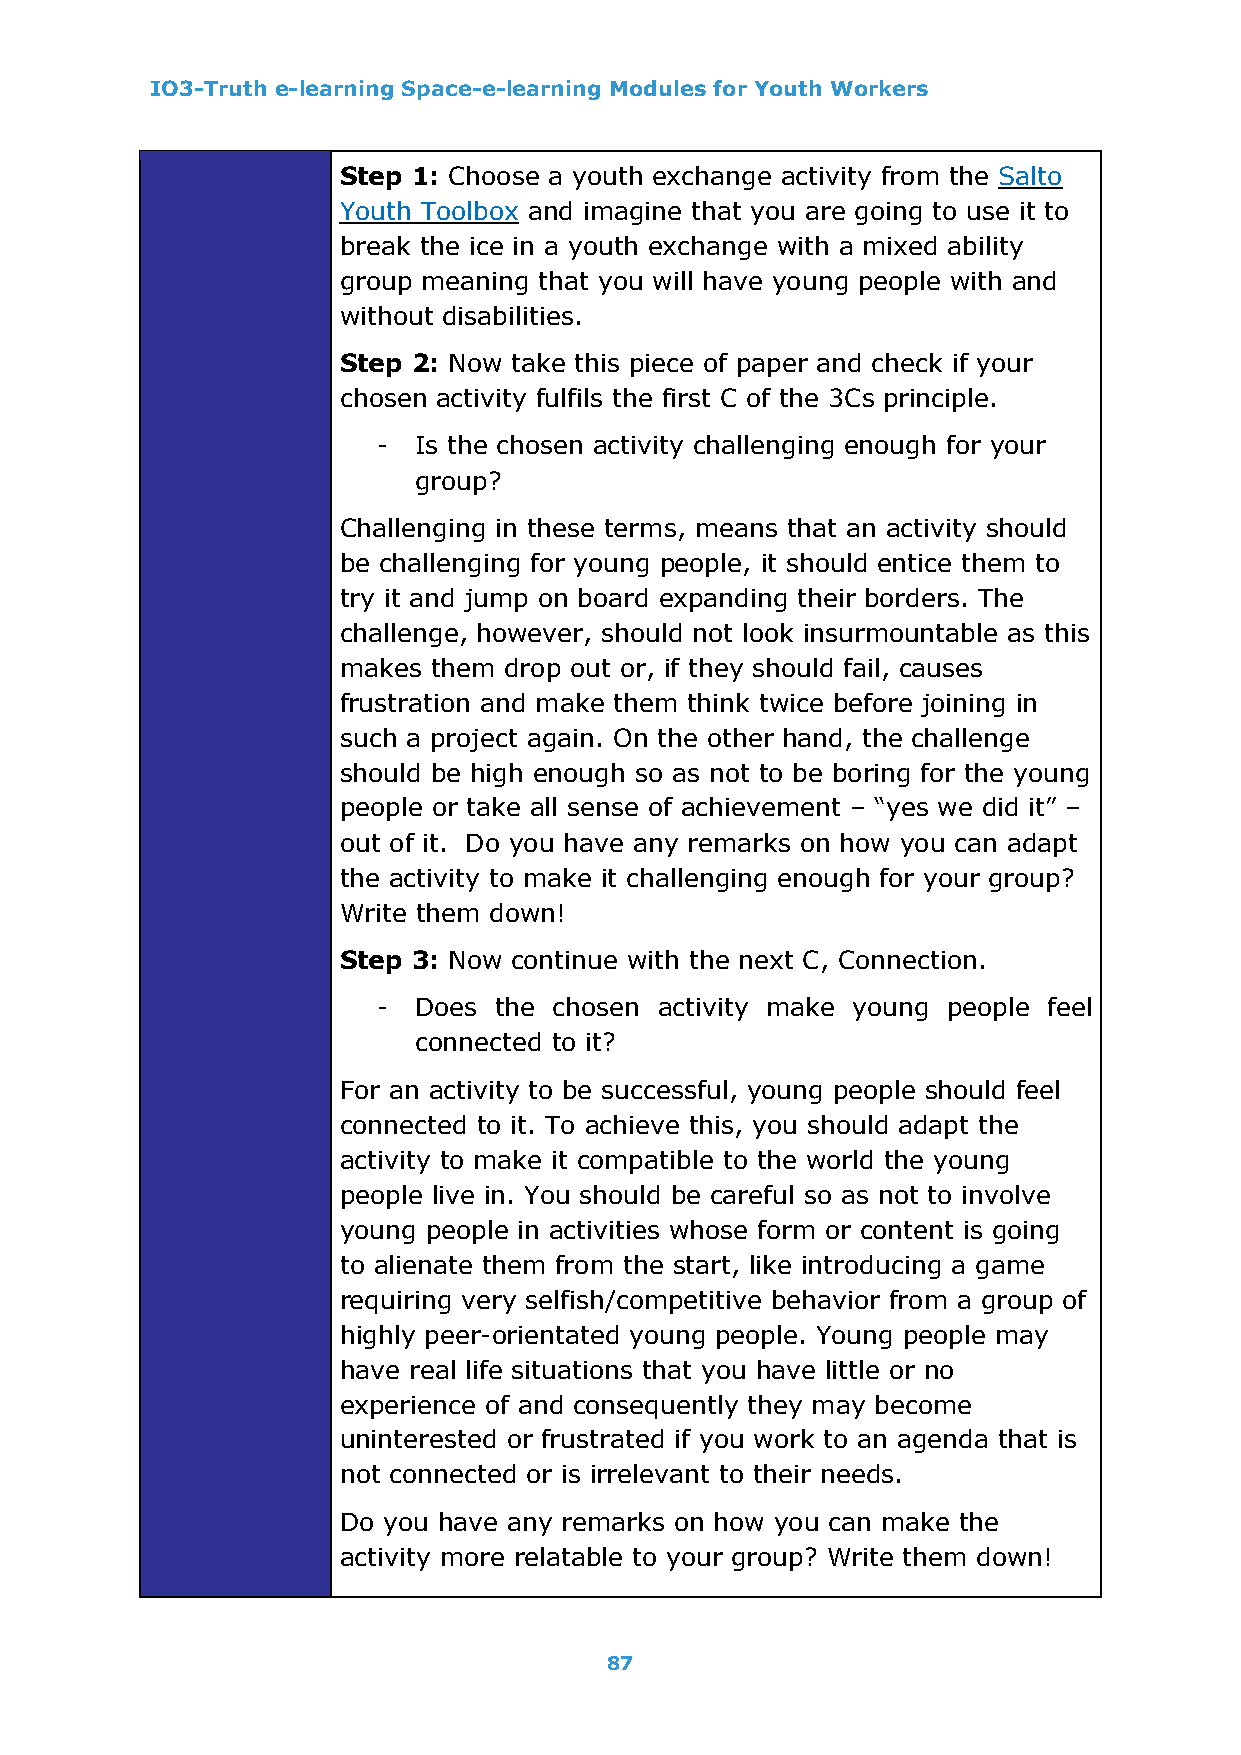
IO3-Truth e-learning Space-e-learning Modules for Youth Workers
 Step 1: Choose a youth exchange activity from the Salto
 Youth Toolbox and imagine that you are going to use it to
 break the ice in a youth exchange with a mixed ability
 group meaning that you will have young people with and
 without disabilities.
 Step 2: Now take this piece of paper and check if your
 chosen activity fulfils the first C of the 3Cs principle.
 - Is the chosen activity challenging enough for your
 group?
 Challenging in these terms, means that an activity should
 be challenging for young people, it should entice them to
 try it and jump on board expanding their borders. The
 challenge, however, should not look insurmountable as this
 makes them drop out or, if they should fail, causes
 frustration and make them think twice before joining in
 such a project again. On the other hand, the challenge
 should be high enough so as not to be boring for the young
 people or take all sense of achievement – “yes we did it” –
 out of it. Do you have any remarks on how you can adapt
 the activity to make it challenging enough for your group?
 Write them down!
 Step 3: Now continue with the next C, Connection.
 - Does  the chosen activity make young people feel
 connected to it?
 For an activity to be successful, young people should feel
 connected to it. To achieve this, you should adapt the
 activity to make it compatible to the world the young
 people live in. You should be careful so as not to involve
 young people in activities whose form or content is going
 to alienate them from the start, like introducing a game
 requiring very selfish/competitive behavior from a group of
 highly peer-orientated young people. Young people may
 have real life situations that you have little or no
 experience of and consequently they may become
 uninterested or frustrated if you work to an agenda that is
 not connected or is irrelevant to their needs.
 Do you have any remarks on how you can make the
 activity more relatable to your group? Write them down!
 87